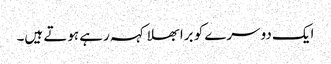
ایک دوسرے کو برا بھلا کہہ رہے ہوتے ہیں۔